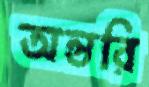
অন্তরি